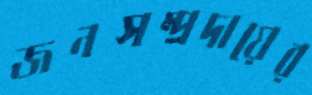
জনসম্প্রদায়ের